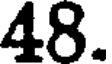
48.